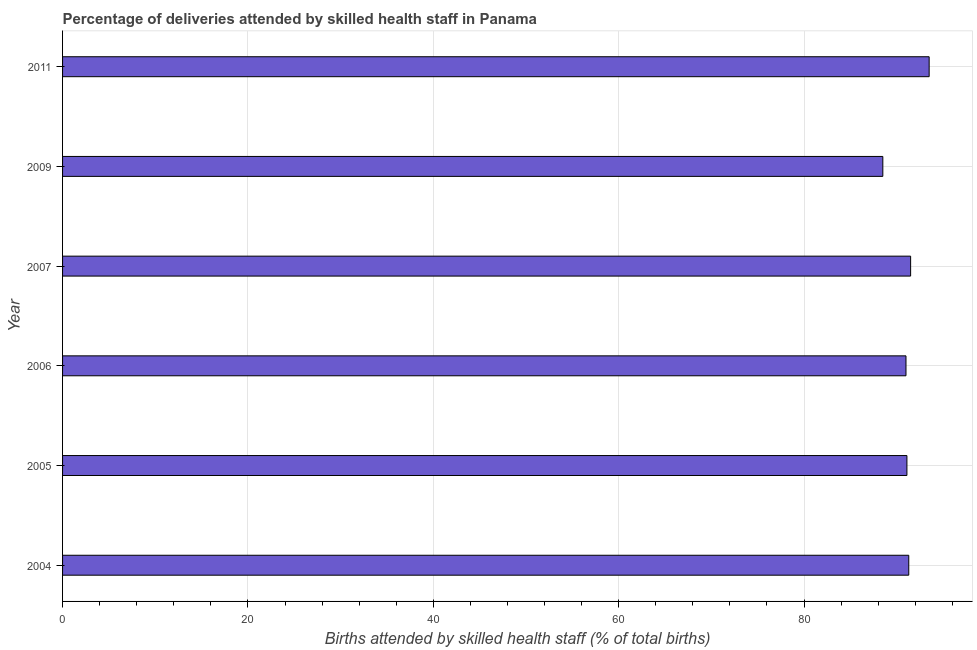
| Year | Births attended by skilled health staff |
 | --- | --- |
 | 2004 | 91.3 |
 | 2005 | 91.1 |
 | 2006 | 91 |
 | 2007 | 91.5 |
 | 2009 | 88.5 |
 | 2011 | 93.5 |